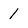
Character: 1